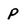
Character: p